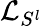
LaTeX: \mathcal{L}_{S^{l}}